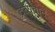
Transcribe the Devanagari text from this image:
द्रव्यवाद